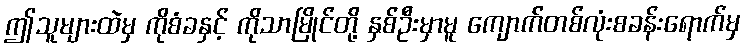
ဤသူများထဲမှ ကိုစံခနှင့် ကိုသာမြိုင်တို့ နှစ်ဦးမှာမူ ကျောက်တစ်လုံးစခန်းရောက်မှ